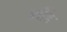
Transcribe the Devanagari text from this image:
ब्रॉडि